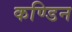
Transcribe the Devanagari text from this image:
कण्डिन